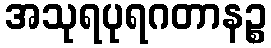
အသုရပုရဂတာနဉ္စ